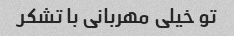
تو خیلی مهربانی با تشکر